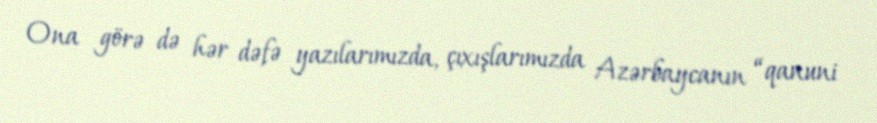
Ona görə də hər dəfə yazılarımızda, çıxışlarımızda Azərbaycanın “qanuni